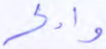
وادكر